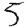
Digit: 5